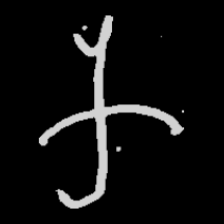
Pyu character \u2014 Myanmar letter: က (romanized: ka)